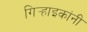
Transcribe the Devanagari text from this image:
गिर्‍हाइकांनी